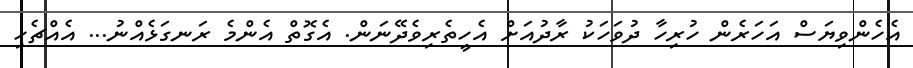
އެހެންވިޔަސް އަހަރެން ހުރިހާ ދުވަހަކު ރާދުއަށް އެހީތެރިވެދޭނަން. އެގޮތް އެންމެ ރަނގަޅެއްނު... އެއްޗެހި